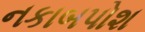
નકાબપોશ